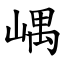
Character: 嵎